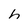
Character: h